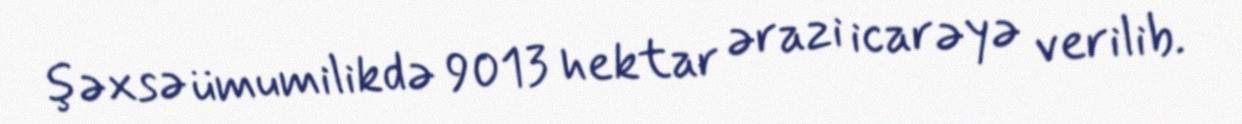
şəxsə ümumilikdə 9013 hektar ərazi icarəyə verilib.